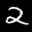
Label: 2